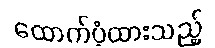
ထောက်ပံ့ထားသည့်